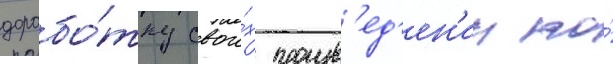
дорабо́тку свои́х произв'ед'ен'ии по́